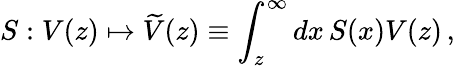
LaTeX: S:V(z)\mapsto\widetilde{V}(z)\equiv\int_{z}^{\infty}dx\, S(x)V(z)\, ,